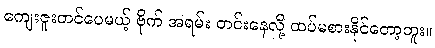
ကျေးဇူးတင်ပေမယ့် ဗိုက် အရမ်း တင်းနေလို့ ထပ်မစားနိုင်တော့ဘူး။